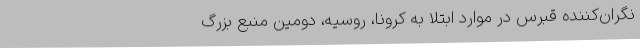
نگران‌کننده قبرس در موارد ابتلا به کرونا، روسیه، دومین منبع بزرگ